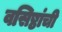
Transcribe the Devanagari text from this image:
वसिष्ठांची